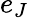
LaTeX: e_{J}